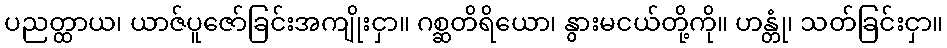
ပညတ္ထာယ၊ ယာဇ်ပူဇော်ခြင်းအကျိုးငှာ။ ဂစ္ဆတိရိယော၊ နွားမငယ်တို့ကို။ ဟန္တုံ၊ သတ်ခြင်းငှာ။